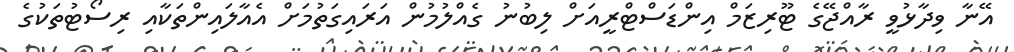
އޭނާ ވިދާޅުވީ ރާއްޖޭގެ ޓޫރިޒަމް އިންޑަސްޓްރީއަށް ލިބުނު ގެއްލުމުން އަރައިގަތުމަށް އެއާލައިންތަކާއި ރިސޯޓުތަކުގެ